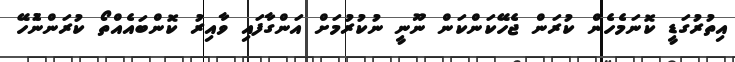
އިތުރުގަޑީ ކޮނަމެހެން ކުރަން ޖެހޭކަންކަން ނޫނީ ނުކުރުމަށް އަންގާފައި ވާއިރު ކޮންބައެއްތޯ ކުރަންނުެހޭ